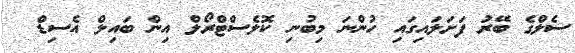
ސެލްގެ ބޭރު ފަށަލައިގައި ހުންނަ މިބުނި ކޮލެސްޓްރޯލް އިން ބައިލް އެސިޑް